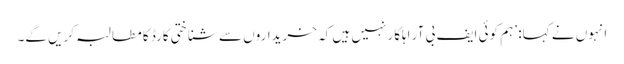
انہوں نے کہا: ’ہم کوئی ایف بی آر اہلکار نہیں ہیں کہ خریداروں سے شناختی کارڈ کا مطالبہ کریں گے۔